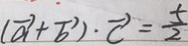
( \overrightarrow { a } + \overrightarrow { b } ) \cdot \overrightarrow { = } \frac { 5 } { 2 }